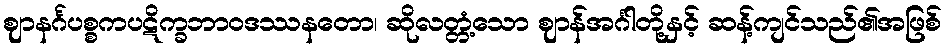
ဈာနင်္ဂပစ္စကပဋိက္ခဘာဝဒဿနတော၊ ဆိုလတ္တံ့သော ဈာန်အင်္ဂါတို့နှင့် ဆန့်ကျင်သည်၏အဖြစ်